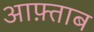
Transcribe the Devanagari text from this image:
आफ़्ताब